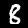
Label: 8